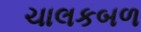
ચાલકબળ